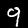
Label: 9